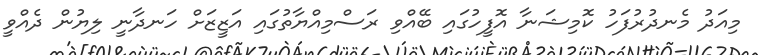
މިއަދު މެނދުރުފަހު ކޮމިޝަނާ އޮފީހުގައި ބޭއްވި ރަސްމިއްޔާތުގައި އަޒީޒަށް ހަނދާނީ ލިޔުން ދެއްވީ